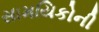
સામયિકોની